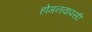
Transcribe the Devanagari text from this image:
होगनवापसी